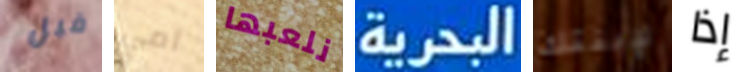
قبل أمي نلعبها البحرية لإبنتك إذا